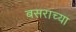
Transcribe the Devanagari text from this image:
बसराच्या